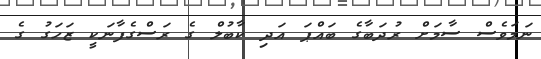
ނަމަވެސް ސާމަށް ރުދަބާގެ ބައްޕަ އަދި ކާބުލް ގެ ރަސްގެފާނަކީ ޒަހަގު ގެ